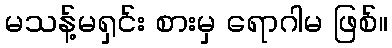
မသန့်မရှင်း စားမှ ရောဂါမ ဖြစ်။